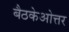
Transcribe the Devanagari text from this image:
बैठकेओत्तर